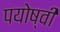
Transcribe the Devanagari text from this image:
पयोष्वी